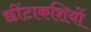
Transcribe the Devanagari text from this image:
छींटाकशियों